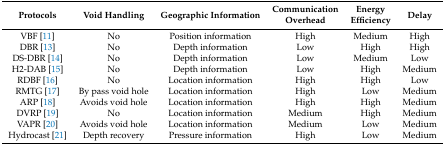
<table><thead><tr><td><b>Protocols</b></td><td><b>Void Handling</b></td><td><b>Geographic Information</b></td><td><b>Communication Overhead</b></td><td><b>Energy Efficiency</b></td><td><b>Delay</b></td></tr></thead><tbody><tr><td>VBF [11]</td><td>No</td><td>Position information</td><td>High</td><td>Medium</td><td>High</td></tr><tr><td>DBR [13]</td><td>No</td><td>Depth information</td><td>Low</td><td>High</td><td>High</td></tr><tr><td>DS-DBR [14]</td><td>No</td><td>Depth information</td><td>Low</td><td>Medium</td><td>Low</td></tr><tr><td>H2-DAB [15]</td><td>No</td><td>Depth information</td><td>Low</td><td>High</td><td>Medium</td></tr><tr><td>RDBF [16]</td><td>No</td><td>Location information</td><td>High</td><td>High</td><td>Low</td></tr><tr><td>RMTG [17]</td><td>By pass void hole</td><td>Location information</td><td>High</td><td>Low</td><td>Medium</td></tr><tr><td>ARP [18]</td><td>Avoids void hole</td><td>Location information</td><td>High</td><td>High</td><td>Medium</td></tr><tr><td>DVRP [19]</td><td>No</td><td>Location information</td><td>Medium</td><td>High</td><td>Medium</td></tr><tr><td>VAPR [20]</td><td>Avoids void hole</td><td>Location information</td><td>Medium</td><td>Low</td><td>Medium</td></tr><tr><td>Hydrocast [21]</td><td>Depth recovery</td><td>Pressure information</td><td>High</td><td>Low</td><td>Medium</td></tr></tbody></table>